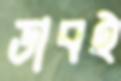
ডাবই